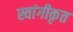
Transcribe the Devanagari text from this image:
स्वांगीकृत